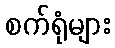
စက်ရုံများ